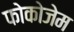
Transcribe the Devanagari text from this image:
फोकोजेम